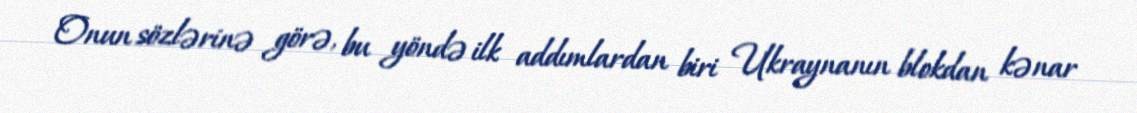
Onun sözlərinə görə, bu yöndə ilk addımlardan biri Ukraynanın blokdan kənar